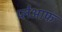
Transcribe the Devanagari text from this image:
प्लेआफ